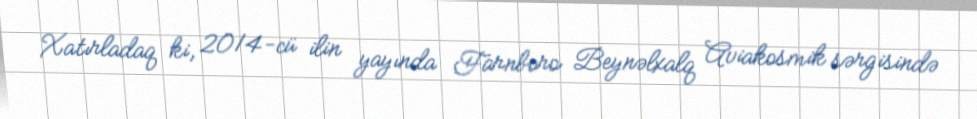
Xatırladaq ki, 2014-cü ilin yayında Farnboro Beynəlxalq Aviakosmik sərgisində